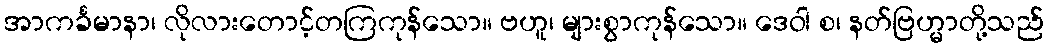
အာကင်္ခမာနာ၊ လိုလားတောင့်တကြကုန်သော။ ဗဟူ၊ များစွာကုန်သော။ ဒေဝါ စ၊ နတ်ဗြဟ္မာတို့သည်